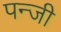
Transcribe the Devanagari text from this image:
पन्जी